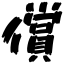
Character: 償